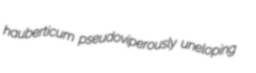
hauberticum pseudoviperously uneloping